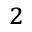
^ 2